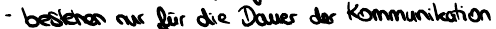
- bestehen nur für die Dauer der Kommunikation